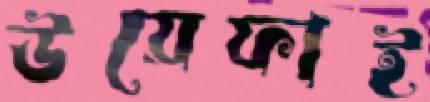
উয়েফাই